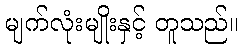
မျက်လုံးမျိုးနှင့် တူသည်။